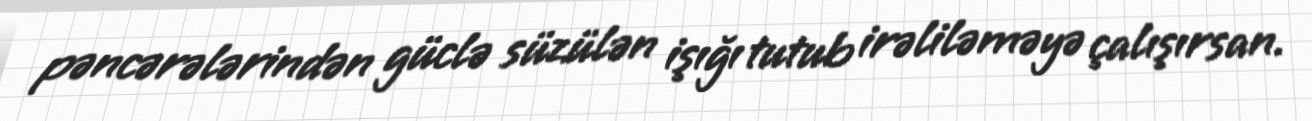
pəncərələrindən güclə süzülən işığı tutub irəliləməyə çalışırsan.